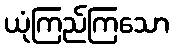
ယုံကြည်ကြသော